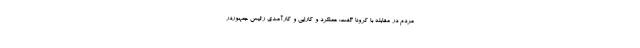
مردم در مقابله با کرونا گفت: عملکرد و کارایی و کارآمدی رئیس جمهوردر